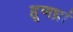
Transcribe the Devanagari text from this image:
हूणध्रां